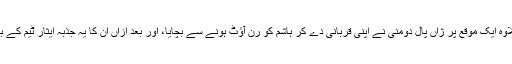
اس کے علاوہ ایک موقع پر ژاں پال دومنی نے اپنی قربانی دے کر ہاشم کو رن آؤٹ ہونے سے بچایا، اور بعد ازاں ان کا یہ جذبہ ایثار ٹیم کے بہت کام آیا۔